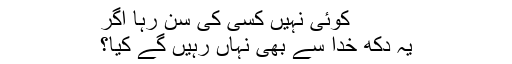
کوئی نہیں کسی کی سن رہا اگر
یہ دُکھ خدا سے بھی نہاں رہیں گے کیا؟